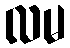
လမ